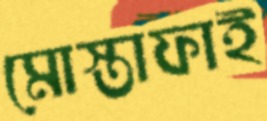
মোস্তাফাই